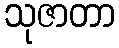
သုဇာတာ